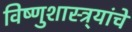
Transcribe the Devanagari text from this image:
विष्णुशास्त्र्यांचे